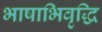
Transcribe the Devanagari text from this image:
भाषाभिवृद्धि